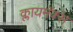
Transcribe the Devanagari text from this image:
क्लायमॅक्स